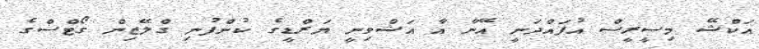
އަކްޝޭ މިސީރީސް އުފައްދަނީ އޭނާ އާ އަޝްވިނީ ޔަރްޑީގެ ކުންފުނި ގްލޭޒިން ގޯޓްސްގެ